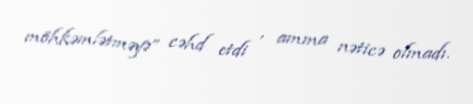
möhkəmlətməyə” cəhd etdi , amma nəticə olmadı.